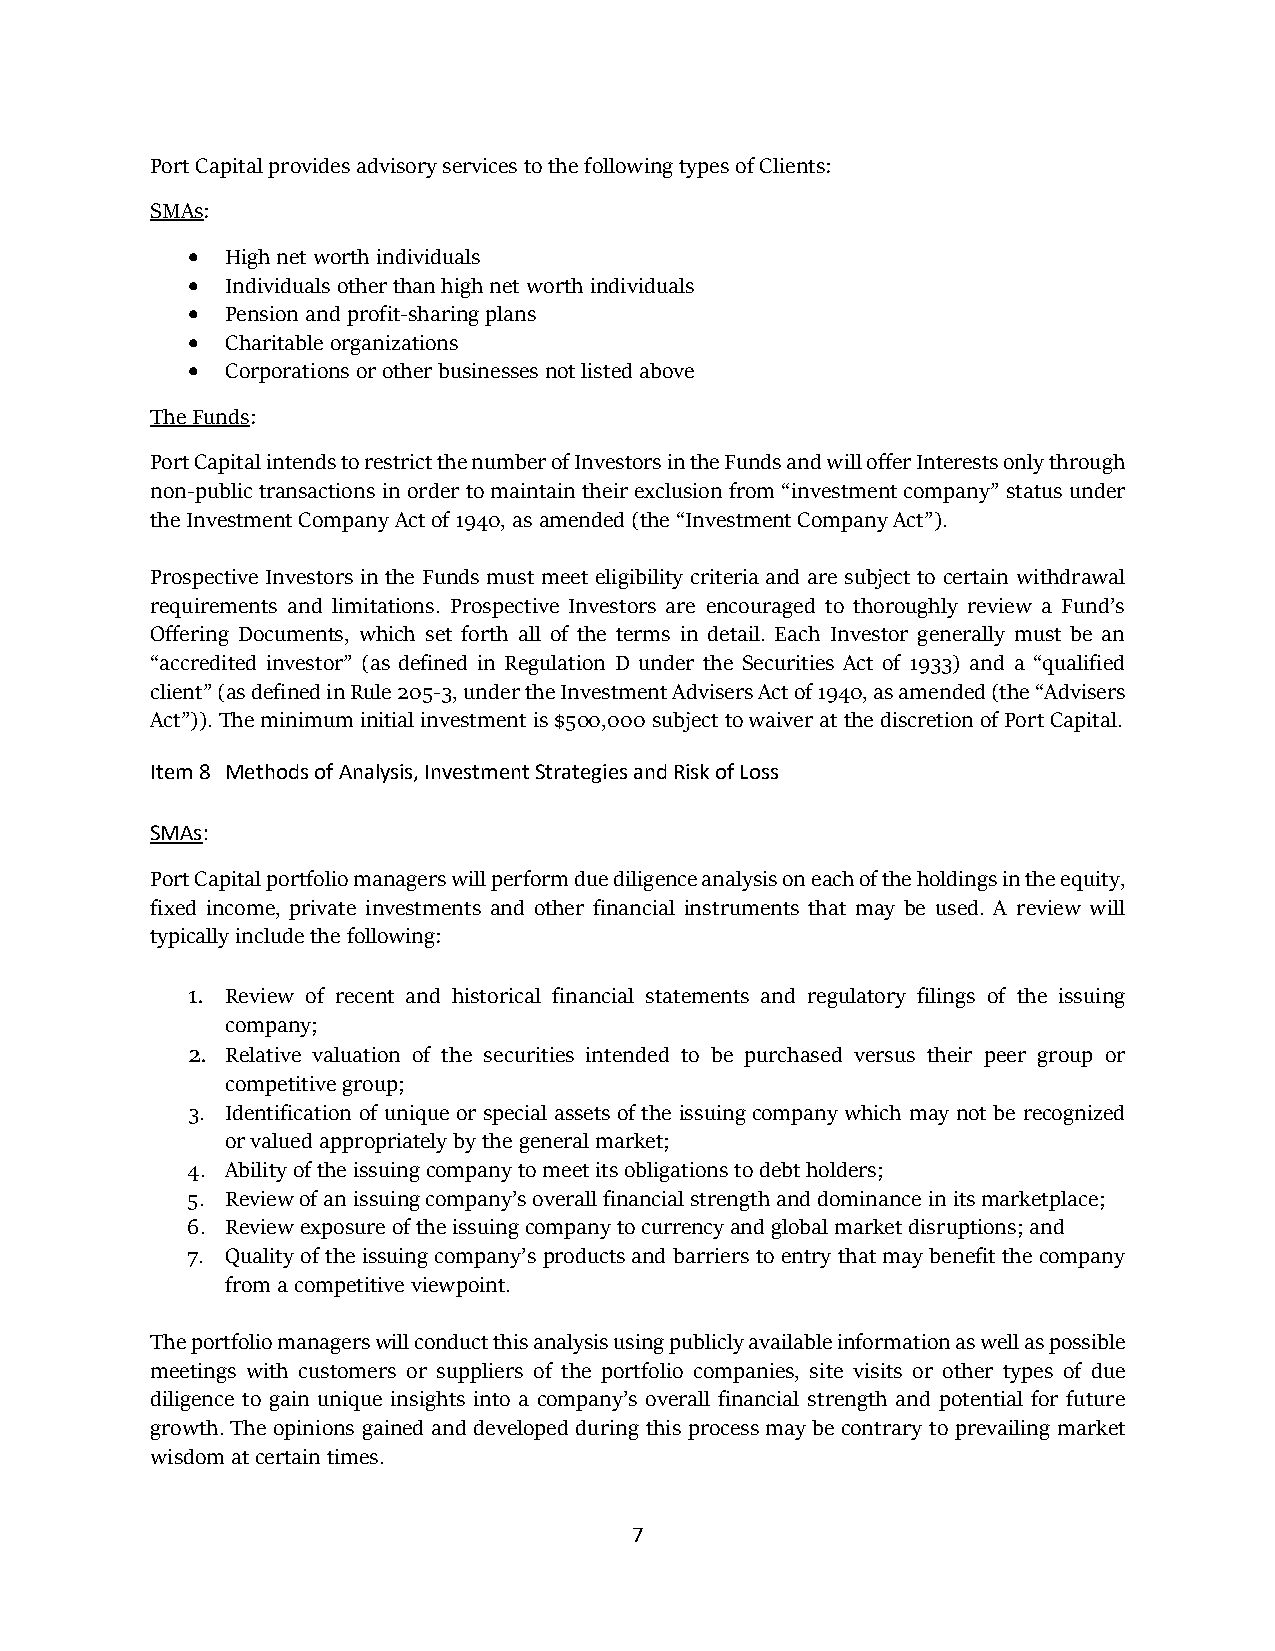
Port Capital provides advisory services to the following types of Clients:
 SMAs:
 •  High net worth individuals
 •  Individuals other than high net worth individuals
 •  Pension and profit-sharing plans
 •  Charitable organizations
 •  Corporations or other businesses not listed above
 The Funds:
 Port Capital intends to restrict the number of Investors in the Funds and will offer Interests only through
 non-public transactions in order to maintain their exclusion from “investment company” status under
 the Investment Company Act of 1940, as amended (the “Investment Company Act”).
 Prospective Investors in the Funds must meet eligibility criteria and are subject to certain withdrawal
 requirements and limitations. Prospective Investors are encouraged to thoroughly review a Fund’s
 Offering Documents, which set forth all of the terms in detail. Each Investor generally must be an
 “accredited investor” (as defined in Regulation D under the Securities Act of 1933) and a “qualified
 client” (as defined in Rule 205-3, under the Investment Advisers Act of 1940, as amended (the “Advisers
 Act”)). The minimum initial investment is $500,000 subject to waiver at the discretion of Port Capital.
 Item 8 Methods of Analysis, Investment Strategies and Risk of Loss
 SMAs:
 Port Capital portfolio managers will perform due diligence analysis on each of the holdings in the equity,
 fixed income, private investments and other financial instruments that may be used. A review will
 typically include the following:
 1. Review of recent and historical financial statements and regulatory filings of the issuing
 company;
 2. Relative valuation of the securities intended to be purchased versus their peer group or
 competitive group;
 3. Identification of unique or special assets of the issuing company which may not be recognized
 or valued appropriately by the general market;
 4. Ability of the issuing company to meet its obligations to debt holders;
 5. Review of an issuing company’s overall financial strength and dominance in its marketplace;
 6. Review exposure of the issuing company to currency and global market disruptions; and
 7. Quality of the issuing company’s products and barriers to entry that may benefit the company
 from a competitive viewpoint.
 The portfolio managers will conduct this analysis using publicly available information as well as possible
 meetings with customers or suppliers of the portfolio companies, site visits or other types of due
 diligence to gain unique insights into a company’s overall financial strength and potential for future
 growth. The opinions gained and developed during this process may be contrary to prevailing market
 wisdom at certain times.
 7